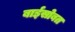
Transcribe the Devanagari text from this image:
बाईसोबत